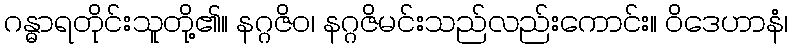
ဂန္ဓာရတိုင်းသူတို့၏။ နဂ္ဂဇိဝ၊ နဂ္ဂဇိမင်းသည်လည်းကောင်း။ ဝိဒေဟာနံ၊